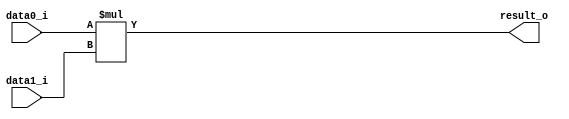
module productor_top(
     input [7:0] data0_i,
     input [7:0] data1_i,
     output [7:0] result_o
 );

 assign result_o = data0_i * data1_i;

 endmodule